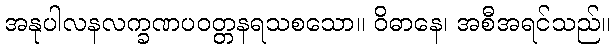
အနုပါလနလက္ခဏပဝတ္တနရသစသော။ ဝိဓာနေ၊ အစီအရင်သည်။